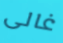
غالى